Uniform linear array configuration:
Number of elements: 48
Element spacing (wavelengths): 0.75
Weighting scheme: binomial
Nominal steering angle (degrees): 30
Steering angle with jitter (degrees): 30.304
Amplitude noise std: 0.05
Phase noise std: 0.05

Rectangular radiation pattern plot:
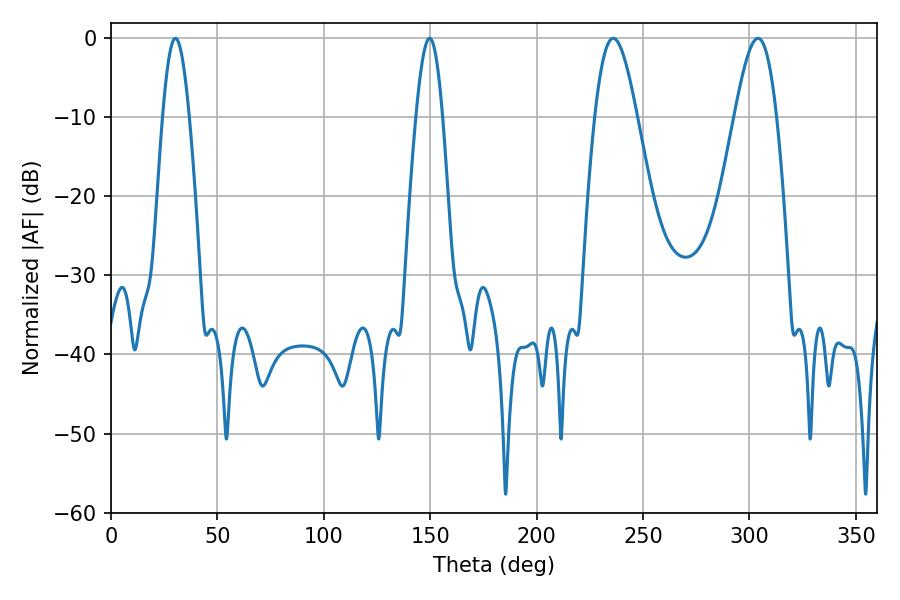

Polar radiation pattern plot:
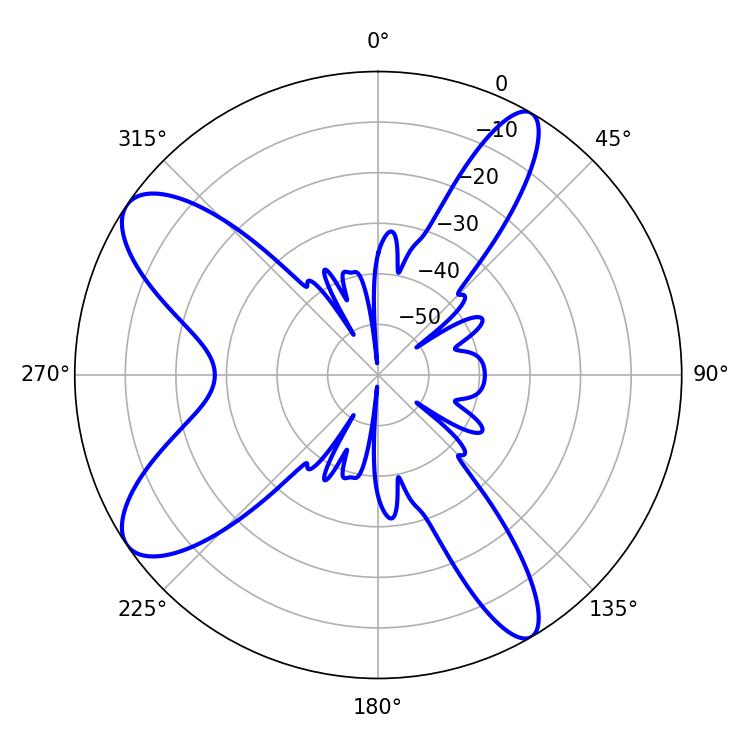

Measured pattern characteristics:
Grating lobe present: TRUE
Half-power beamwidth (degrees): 10.44
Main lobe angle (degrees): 235.98